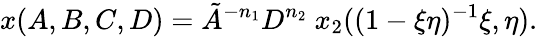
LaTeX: x(A,B,C,D)=\tilde{A}^{-n_{1}}D^{n_{2}}\ x_{2}((1-\xi\eta)^{-1}\xi,\eta).